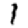
Digit: 1